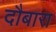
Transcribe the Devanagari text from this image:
दौबारा